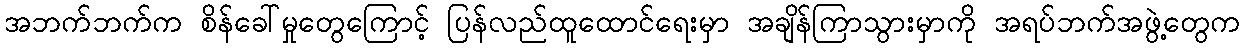
အဘက်ဘက်က စိန်ခေါ်မှုတွေကြောင့် ပြန်လည်ထူထောင်ရေးမှာ အချိန်ကြာသွားမှာကို အရပ်ဘက်အဖွဲ့တွေက